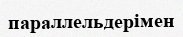
параллельдерімен